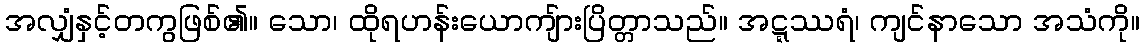
အလျှံနှင့်တကွဖြစ်၏။ သော၊ ထိုရဟန်းယောကျ်ားပြိတ္တာသည်။ အဋ္ဋဿရံ၊ ကျင်နာသော အသံကို။